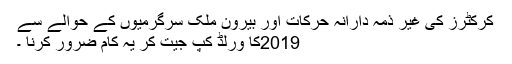
کرکٹرز کی غیر ذمہ دارانہ حرکات اور بیرون ملک سرگرمیوں کے حوالے سے
2019کا ورلڈ کپ جیت کر یہ کام ضرور کرنا ۔